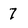
Character: 7